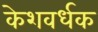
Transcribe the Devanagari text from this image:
केशवर्धक